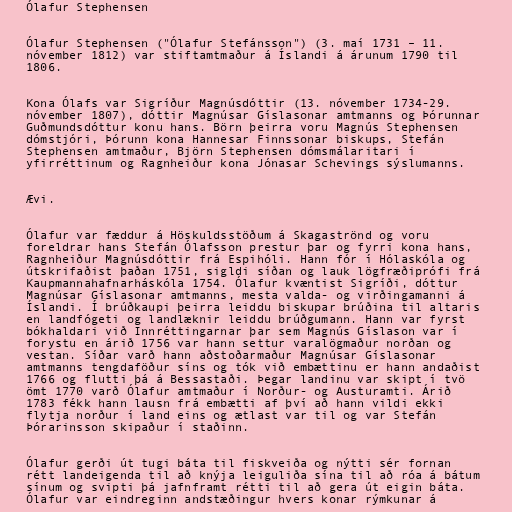
Ólafur Stephensen

Ólafur Stephensen ("Ólafur Stefánsson") (3. maí 1731 – 11.
nóvember 1812) var stiftamtmaður á Íslandi á árunum 1790 til
1806.

Kona Ólafs var Sigríður Magnúsdóttir (13. nóvember 1734-29.
nóvember 1807), dóttir Magnúsar Gíslasonar amtmanns og Þórunnar
Guðmundsdóttur konu hans. Börn þeirra voru Magnús Stephensen
dómstjóri, Þórunn kona Hannesar Finnssonar biskups, Stefán
Stephensen amtmaður, Björn Stephensen dómsmálaritari í
yfirréttinum og Ragnheiður kona Jónasar Schevings sýslumanns.

Ævi.

Ólafur var fæddur á Höskuldsstöðum á Skagaströnd og voru
foreldrar hans Stefán Ólafsson prestur þar og fyrri kona hans,
Ragnheiður Magnúsdóttir frá Espihóli. Hann fór í Hólaskóla og
útskrifaðist þaðan 1751, sigldi síðan og lauk lögfræðiprófi frá
Kaupmannahafnarháskóla 1754. Ólafur kvæntist Sigríði, dóttur
Magnúsar Gíslasonar amtmanns, mesta valda- og virðingamanni á
Íslandi. Í brúðkaupi þeirra leiddu biskupar brúðina til altaris
en landfógeti og landlæknir leiddu brúðgumann. Hann var fyrst
bókhaldari við Innréttingarnar þar sem Magnús Gíslason var í
forystu en árið 1756 var hann settur varalögmaður norðan og
vestan. Síðar varð hann aðstoðarmaður Magnúsar Gíslasonar
amtmanns tengdaföður síns og tók við embættinu er hann andaðist
1766 og flutti þá á Bessastaði. Þegar landinu var skipt í tvö
ömt 1770 varð Ólafur amtmaður í Norður- og Austuramti. Árið
1783 fékk hann lausn frá embætti af því að hann vildi ekki
flytja norður í land eins og ætlast var til og var Stefán
Þórarinsson skipaður í staðinn.

Ólafur gerði út tugi báta til fiskveiða og nýtti sér fornan
rétt landeigenda til að knýja leiguliða sína til að róa á bátum
sínum og svipti þá jafnframt rétti til að gera út eigin báta.
Ólafur var eindreginn andstæðingur hvers konar rýmkunar á